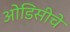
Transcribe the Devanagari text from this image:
ओडिसीचे